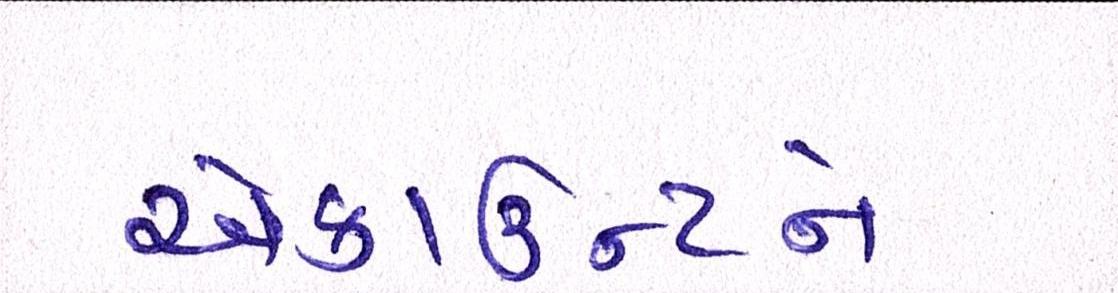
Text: એકાઉન્ટને